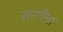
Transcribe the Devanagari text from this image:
सरगौधा